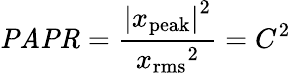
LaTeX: {\mathit{PAPR}}={\frac{{|x_{\mathrm{peak}}|}^{2}}{{x_{\mathrm{rms}}}^{2}}}=C^{2}